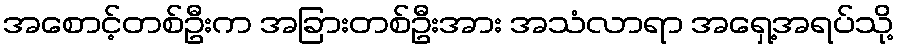
အစောင့်တစ်ဦးက အခြားတစ်ဦးအား အသံလာရာ အရှေ့အရပ်သို့